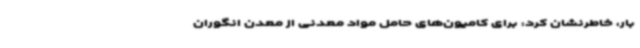
بار، خاطرنشان کرد: برای کامیون‌های حامل مواد معدنی از معدن انگوران